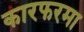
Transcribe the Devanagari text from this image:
कारफरमा